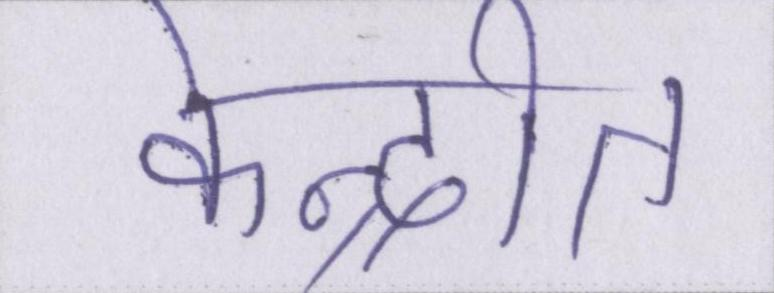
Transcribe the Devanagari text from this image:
केन्द्रीत